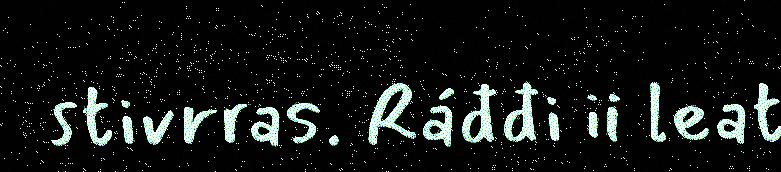
stivrras. Ráđđi ii leat